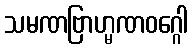
သမဏဗြာဟ္မဏဝဂ္ဂေါ